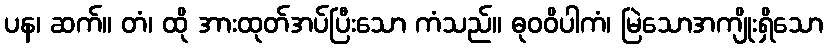
ပန၊ ဆက်။ တံ၊ ထို အားထုတ်အပ်ပြီးသော ကံသည်။ ဓုဝဝိပါကံ၊ မြဲသောအကျိုးရှိသော